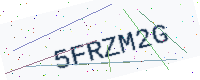
Text: 5FRZM2G